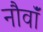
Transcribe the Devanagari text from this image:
नौवॉं